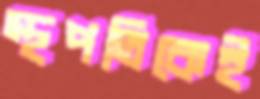
স্থপতিকেই